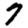
Digit: 7